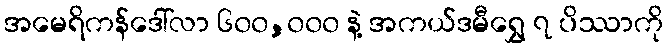
အမေရိကန်ဒေါ်လာ ၆၀၀,၀၀၀ နဲ့ အကယ်ဒမီရွှေ ၇ ပိဿာကို